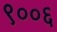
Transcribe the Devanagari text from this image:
९००६